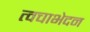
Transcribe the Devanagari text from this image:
त्वचाभेदन